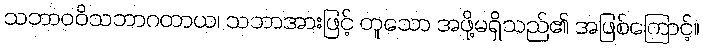
သဘာဝဝိသဘာဂတာယ၊ သဘာအားဖြင့် တူသော အဖို့မရှိသည်၏ အဖြစ်ကြောင့်။